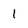
Character: I